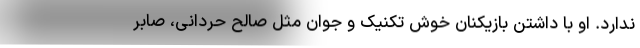
ندارد. او با داشتن بازیکنان خوش تکنیک و جوان مثل صالح حردانی، صابر